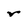
Character: r